Report of the Indian Hemp Drugs Commission, 1894-1895 - Volume VIII
Year: 1894
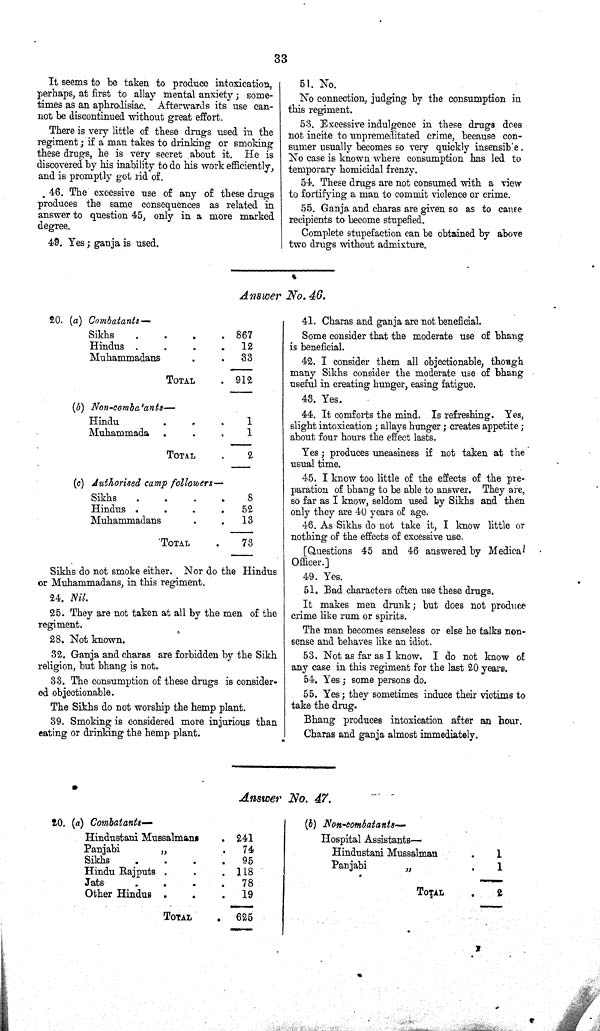
33
It seems to be taken to produce intoxication,
perhaps, at first to allay mental anxiety; some-
times as an aphrodisiac. Afterwards its use can-
not be discontinued without great effort.
There is very little of these drugs used in the
regiment; if a man takes to drinking or smoking
these drugs, he is very secret about it. He is
discovered by his inability to do his work efficiently,
and is promptly got rid of.
46. The excessive use of any of these drugs
produces the same consequences as related in
answer to question 45, only in a more marked
degree.
49. Yes; ganja is used.
51. No.
No connection, judging by the consumption in
this regiment.
53. Excessive indulgence in these drugs does
not incite to unpremeditated crime, because con-
sumer usually becomes so very quickly insensible
No case is known where consumption has led to
temporary homicidal frenzy.
54. These drugs are not consumed with a view
to fortifying a man to commit violence or crime.
55. Ganja and charas are given so as to cause
recipients to become stupefied.
Complete stupefaction can be obtained by above
two drugs without admixture.
Answer No. 46.
20. (a) Combatants—
Sikhs
867
Hindus
12
Muhammadans
33
TOTAL
912
(b) Non-combatants—
Hindu
1
Muhammada
1
TOTAL
2
(c) Authorised camp followers—
Sikhs
8
Hindus
52
Muhammadans
13
TOTAL
73
Sikhs do not smoke either. Nor do the Hindus
or Muhammadans, in this regiment.
24. Nil.
25. They are not taken at all by the men of the
regiment.
28. Not known.
32. Ganja and charas are forbidden by the Sikh
religion, but bhang is not.
33. The consumption of these drugs is consider-
ed objectionable.
The Sikhs do not worship the hemp plant.
39. Smoking is considered more injurious than
eating or drinking the hemp plant.
41. Charas and ganja are not beneficial.
Some consider that the moderate use of bhang
is beneficial.
42. I consider them all objectionable, though
many Sikhs consider the moderate use of bhang
useful in creating hunger, easing fatigue.
43. Yes.
44. It comforts the mind. Is refreshing. Yes,
slight intoxication; allays hunger; creates appetite;
about four hours the effect lasts.
Yes; produces uneasiness if not taken at the
usual time.
45. I know too little of the effects of the pre-
paration of bhang to be able to answer. They are,
so far as I know, seldom used by Sikhs and then
only they are 40 years of age.
46. As Sikhs do not take it, I know little or
nothing of the effects of excessive use.
[Questions 45 and 46 answered by Medical
Officer.]
49. Yes.
51. Bad characters often use these drugs.
It makes men drunk; but does not produce
crime like rum or spirits.
The man becomes senseless or else he talks non-
sense and behaves like an idiot.
53. Not as far as I know. I do not know of
any case in this regiment for the last 20 years.
54. Yes; some persons do.
55. Yes; they sometimes induce their victims to
take the drug.
Bhang produces intoxication after an hour.
Charas and ganja almost immediately.
Answer No. 47.
20. (a) Combatants—
Hindustani Mussalmans
241
Panjabi
"
74
Sikhs
95
Hindu Rajputs
118
Jats
78
Other Hindus
19
TOTAL
625
(b) Non-combatants—
Hospital Assistants—
Hindustani Mussalman
1
Panjabi
"
1
TOTAL
2